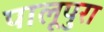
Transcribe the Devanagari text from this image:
पालूपुरा